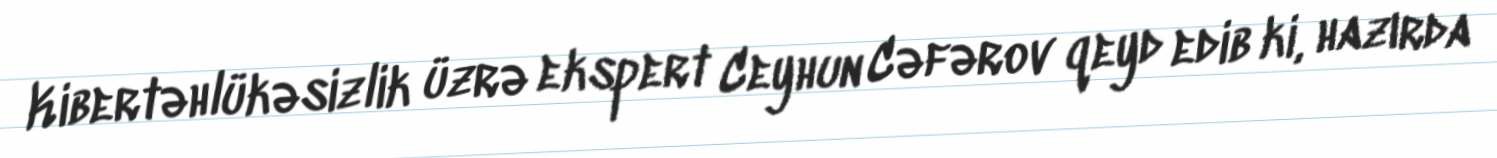
Kibertəhlükəsizlik üzrə ekspert Ceyhun Cəfərov qeyd edib ki, hazırda